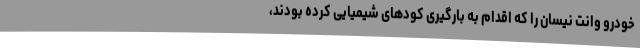
خودرو وانت نیسان را که اقدام به بارگیری کودهای شیمیایی کرده بودند،